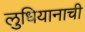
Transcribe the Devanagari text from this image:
लुधियानाची